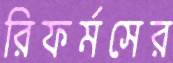
রিফর্মসের